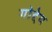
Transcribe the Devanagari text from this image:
गोद्देय